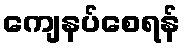
ကျေနပ်စေရန်